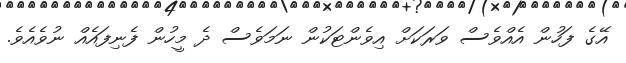
އޭގެ ފަހުން އެއްވެސް ވަރަކަށް އިވެންޓަކުން ނަމަވެސް ދެ މީހުން ފެނިފައެއް ނުވެއެވެ.